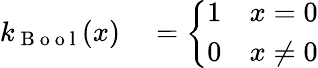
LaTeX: \begin{array}{rl}{k_{\mathrm{~B~o~o~l~}}(x)}&{{}=\left\{ \begin{array}{ll}{1}&{x=0}\\ {0}&{x\neq 0}\end{array}\right.}\end{array}